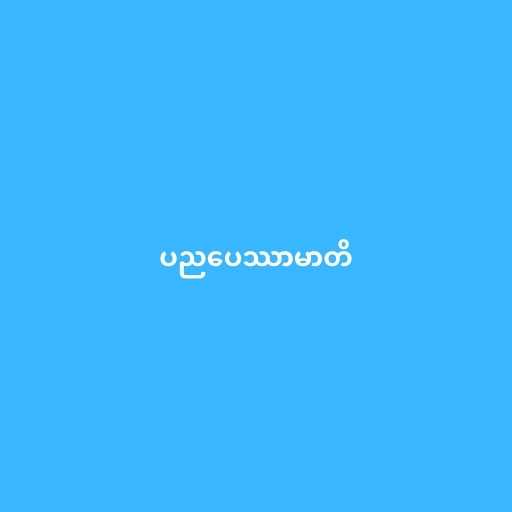
ပညပေဿာမာတိ